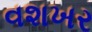
વશખર